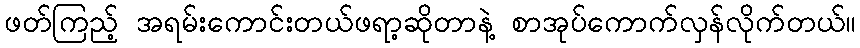
ဖတ်ကြည့် အရမ်းကောင်းတယ်ဖရာ့ဆိုတာနဲ့ စာအုပ်ကောက်လှန်လိုက်တယ်။